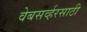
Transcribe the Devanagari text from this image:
वेबसर्व्हरसाठी